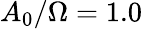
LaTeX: A_{0}/\Omega=1.0